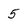
Character: 5